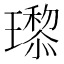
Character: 𬎙